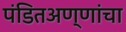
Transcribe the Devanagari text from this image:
पंडितअण्णांचा